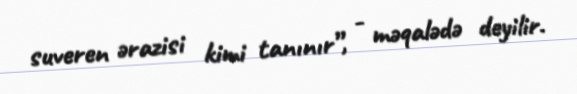
suveren ərazisi kimi tanınır”, - məqalədə deyilir.